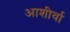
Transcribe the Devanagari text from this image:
आशीर्वा